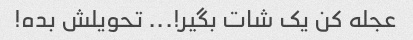
عجله کن یک شات بگیر!... تحویلش بده!